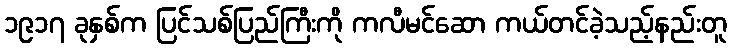
၁၉၁၇ ခုနှစ်က ပြင်သစ်ပြည်ကြီးကို ကလီမင်ဆော ကယ်တင်ခဲ့သည့်နည်းတူ